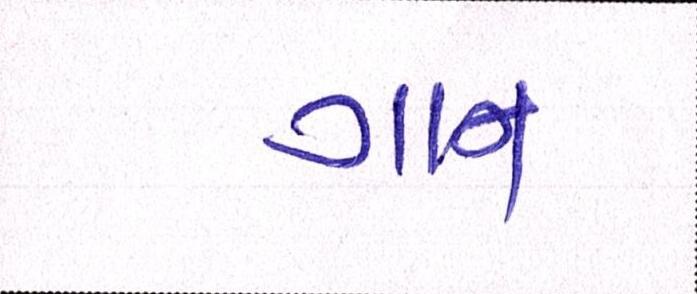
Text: ગાન